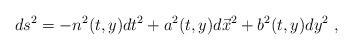
LaTeX: \begin{align*} ds^2= -n^2(t,y)dt^2+a^2(t,y)d{\vec x}^2+b^2(t,y)dy^2 \ ,\end{align*}